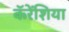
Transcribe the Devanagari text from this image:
कॅरेंशिया